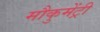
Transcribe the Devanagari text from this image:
मौकुमेंट्री